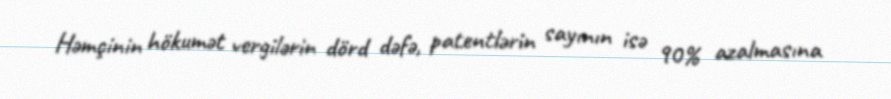
Həmçinin hökumət vergilərin dörd dəfə, patentlərin sayının isə 90% azalmasına